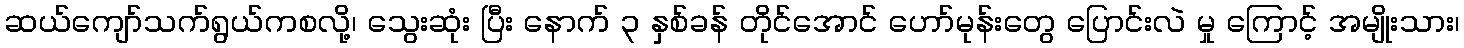
ဆယ်ကျော်သက်ရွယ်ကစလို့၊ သွေးဆုံး ပြီး နောက် ၃ နှစ်ခန် တိုင်အောင် ဟော်မုန်းတွေ ပြောင်းလဲ မှု ကြောင့် အမျိုးသား၊